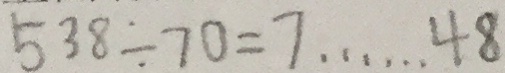
5 3 8 \div 7 0 = 7 \cdots 4 8